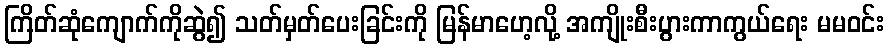
ကြိတ်ဆုံကျောက်ကိုဆွဲ၍ သတ်မှတ်ပေးခြင်းကို မြန်မာဟေ့လို့ အကျိုးစီးပွားကာကွယ်ရေး မမဝင်း